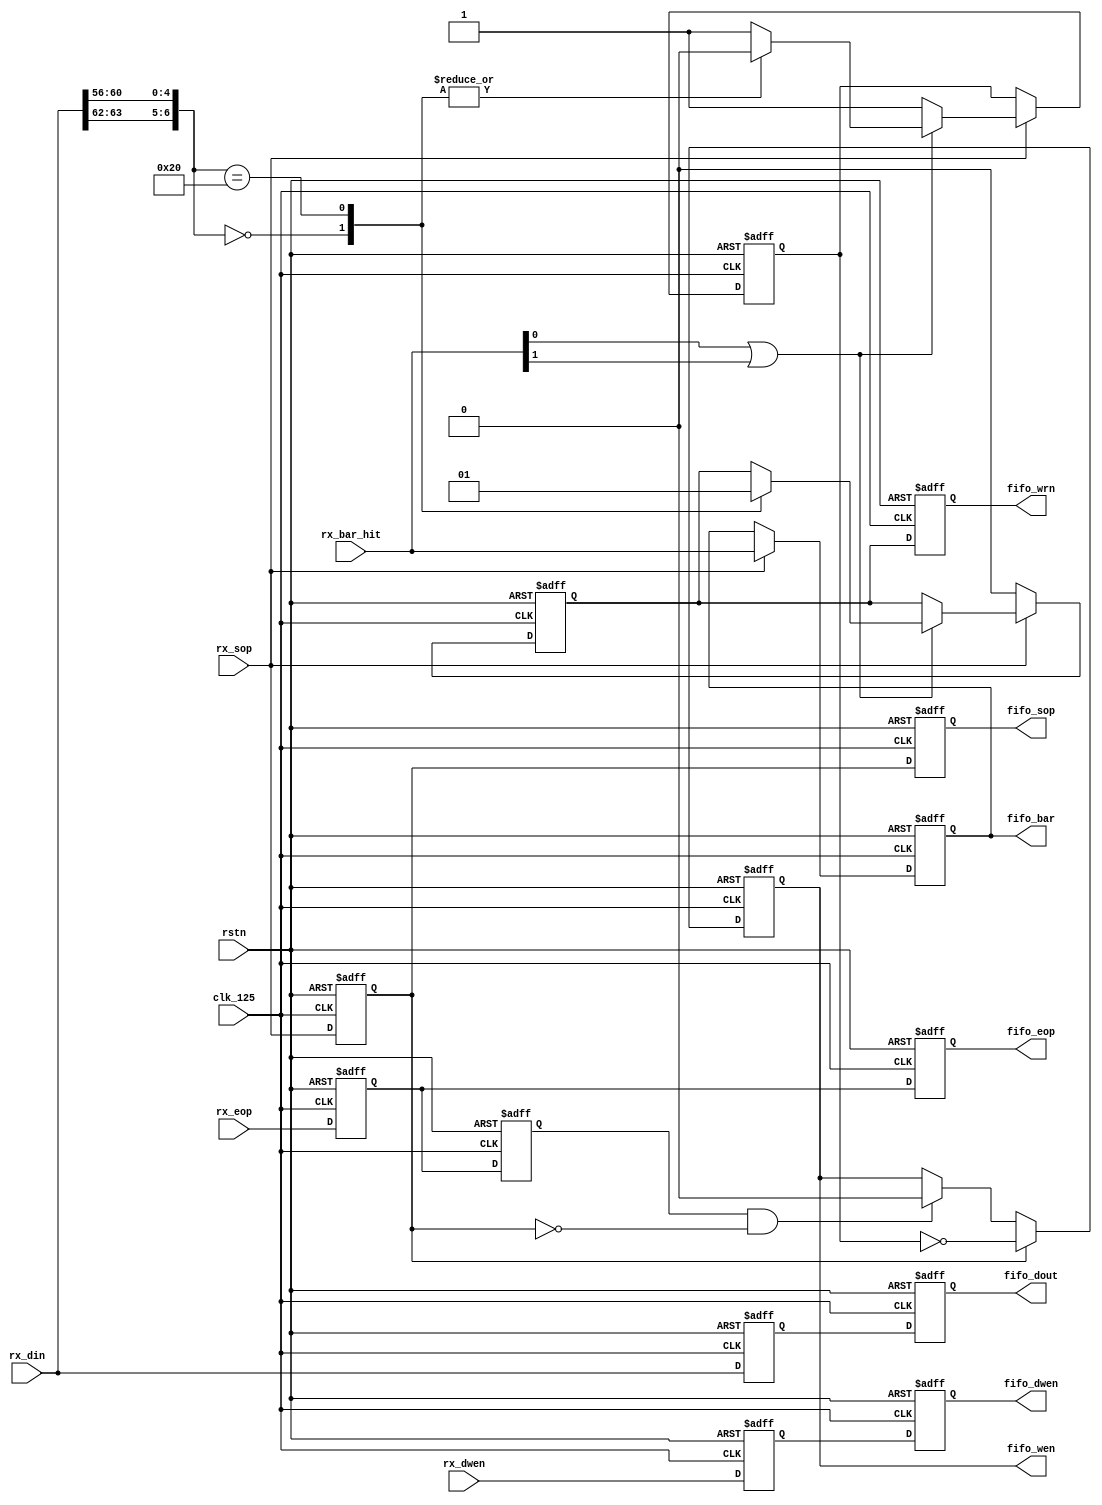
// $Id: wb_tlc_dec.v,v 1.1.1.1 2008/07/01 17:34:23 jfreed Exp $

`timescale 1ns / 100ps
module wb_tlc_dec #(parameter c_DATA_WIDTH = 64)(rstn, clk_125,
                  rx_din, rx_sop, rx_eop, rx_dwen, rx_bar_hit,
                  fifo_dout, fifo_sop, fifo_eop, fifo_dwen, fifo_wrn, fifo_wen, fifo_bar
);

input         rstn;
input         clk_125;
input  [c_DATA_WIDTH-1:0] rx_din;
input         rx_sop;
input         rx_eop;
input         rx_dwen;
input  [6:0]  rx_bar_hit;
output [c_DATA_WIDTH-1:0] fifo_dout;
output        fifo_sop;
output        fifo_eop;
output        fifo_dwen;
output        fifo_wrn;
output        fifo_wen;
output [6:0]  fifo_bar;

reg  [c_DATA_WIDTH-1:0] rx_din_p;
reg         rx_sop_p;
reg         rx_eop_p, rx_eop_p2;
reg         rx_dwen_p;

reg [c_DATA_WIDTH-1:0] fifo_dout;
reg [6:0]  fifo_bar;
reg        fifo_sop;
reg        fifo_eop;
reg        fifo_dwen;
reg        fifo_wrn, fifo_wrn_p;
reg        fifo_wen;
reg        drop;


always @(negedge rstn or posedge clk_125)
begin
  if (~rstn)
  begin
    rx_din_p <= 0;
    rx_sop_p <= 1'b0;
    rx_eop_p <= 1'b0;
    rx_dwen_p <= 1'b0;    
    rx_eop_p2 <= 1'b0;
    fifo_dout <= 0;
    fifo_sop <= 1'b0;
    fifo_eop <= 1'b0;   
    fifo_dwen <= 1'b0;
    fifo_wrn <= 1'b0;
    fifo_wrn_p <= 1'b0;        
    fifo_wen <= 1'b0;     
    fifo_bar <= 7'd0;
    drop <= 1'b0;
    
  end
  else
  begin
  
    rx_din_p <= rx_din;
    rx_sop_p <= rx_sop;
    rx_eop_p <= rx_eop;
    rx_eop_p2 <= rx_eop_p;
    rx_dwen_p <= rx_dwen;
    fifo_wrn <= fifo_wrn_p;    
    fifo_dout <= rx_din_p;
    fifo_sop <= rx_sop_p;        
    fifo_dwen <= rx_dwen_p;       
    
        
    // Decode Type of Request
    if (rx_sop)
    begin
      fifo_bar <= rx_bar_hit;
      
      if (rx_bar_hit[0] || rx_bar_hit[1])
      begin    
        casex (rx_din[c_DATA_WIDTH-1:c_DATA_WIDTH-8])
        8'b00x0_0000: // MRd
        begin
          fifo_wrn_p <= 1'b0;          
          drop <= 1'b0;
        end 
        8'b01x0_0000: // MWr
        begin
          fifo_wrn_p <= 1'b1;          
          drop <= 1'b0;
        end        
        default:  // Unsuppored by WB
        begin          
          drop <= 1'b1;
        end
        endcase    
      end 
      else
        drop <= 1'b1;
      
    end
    else // not sop
    begin
      fifo_wrn_p <= 1'b0;      
    end
    
    rx_eop_p2 <= rx_eop_p; 
    fifo_eop <= rx_eop_p;
    
    // FIFO Write Enable Control
    if (rx_sop_p) 
    begin
      fifo_wen <= ~drop;              
    end    
    else if (rx_eop_p2 && !rx_sop_p)
    begin
      fifo_wen <= 1'b0;              
    end     
    
    
        
  end // clk
end 

endmodule